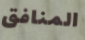
المنافق